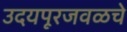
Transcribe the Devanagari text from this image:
उदयपूरजवळचे